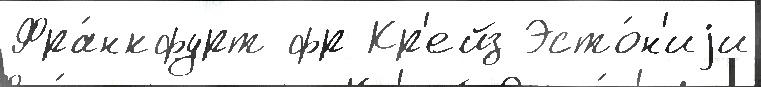
Фра́нкфурт фр Кр'ейз Эсто́н'иjи